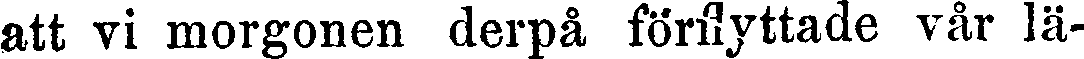
att vi morgonen derpå förflyttade vår lä-